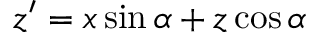
z ^ { \prime } = x \sin \alpha + z \cos \alpha